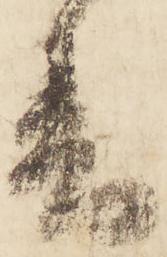
春